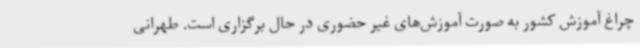
چراغ آموزش کشور به صورت آموزش‌های غیر حضوری در حال برگزاری است. طهرانی